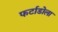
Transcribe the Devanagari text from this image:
फर्टाडोला